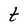
Character: t